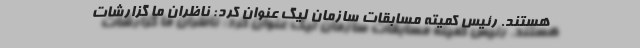
هستند. رئیس کمیته مسابقات سازمان لیگ عنوان کرد: ناظران ما گزارشات